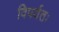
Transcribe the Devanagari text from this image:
विपर्यतः